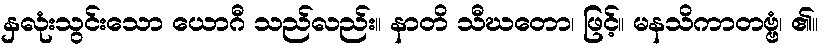
နှလုံးသွင်းသော ယောဂီ သည်လည်း။ နာတိ သီဃတော၊ ဖြင့်။ မနသိကာတဗ္ဗံ၊ ၏။